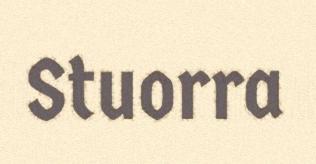
Stuorra